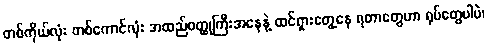
တစ်ကိုယ်လုံး တစ်ကောင်လုံး အထည်ဝတ္ထုကြီးအနေနဲ့ ထင်ရှားတွေ့နေ ရတာတွေဟာ ရုပ်တွေပါပဲ၊